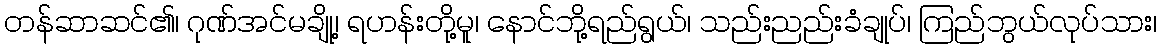
တန်ဆာဆင်၏၊ ဂုဏ်အင်မချို့၊ ရဟန်းတို့မူ၊ နောင်ဘို့ရည်ရွယ်၊ သည်းညည်းခံချုပ်၊ ကြည်ဘွယ်လုပ်သား၊